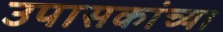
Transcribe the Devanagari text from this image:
उपासकांच्या